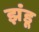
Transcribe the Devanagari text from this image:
झंडू